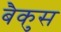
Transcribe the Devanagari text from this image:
बैकुस